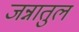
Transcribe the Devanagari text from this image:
जन्नातुल